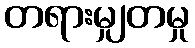
တရားမျှတမှု